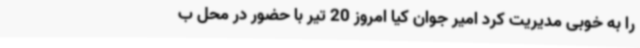
را به خوبی مدیریت کرد امیر جوان کیا امروز 20 تیر با حضور در محل ب